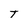
Character: T